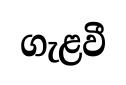
ගැළවී